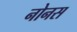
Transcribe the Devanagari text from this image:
नोनस